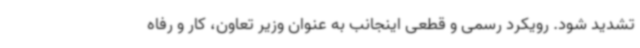
تشدید شود. رویکرد رسمی و قطعی اینجانب به عنوان وزیر تعاون، کار و رفاه